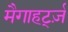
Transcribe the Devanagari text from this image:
मैगाहर्ट्ज़